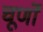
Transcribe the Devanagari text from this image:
चूर्णों